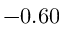
- 0 . 6 0